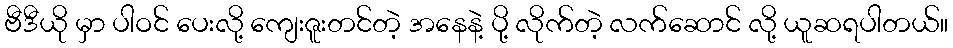
ဗီဒီယို မှာ ပါဝင် ပေးလို့ ကျေးဇူးတင်တဲ့ အနေနဲ့ ပို့ လိုက်တဲ့ လက်ဆောင် လို့ ယူဆရပါတယ်။